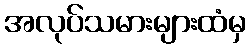
အလုပ်သမားများထံမှ